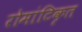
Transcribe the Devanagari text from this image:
रोमांटिकृत